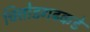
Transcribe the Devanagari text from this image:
चित्तोडगढकडे